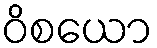
ဝိစယော